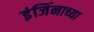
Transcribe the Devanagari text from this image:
इंजिंनाच्या